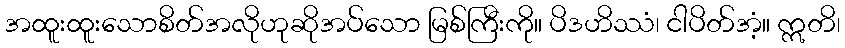
အထူးထူးသောစိတ်အလိုဟုဆိုအပ်သော မြစ်ကြီးကို။ ပိဒဟိဿံ၊ ငါပိတ်အံ့။ ဣတိ၊